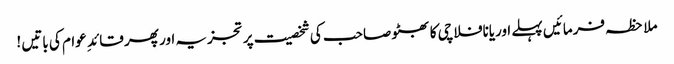
ملاحظہ فرمائیں پہلے اوریانافلاچی کا بھٹو صاحب کی شخصیت پر تجزیہ اور پھر قائد ِ عوام کی باتیں !